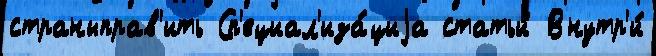
страныправ'ить Сп'ециал'иза́циjа статьи́ Внутр'и́